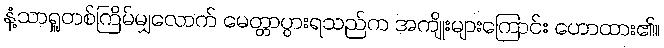
နံ့သာရှူတစ်ကြိမ်မျှလောက် မေတ္တာပွားရသည်က အကျိုးများကြောင်း ဟောထား၏။